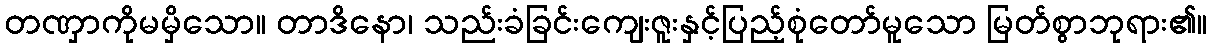
တဏှာကိုမမှိသော။ တာဒိနော၊ သည်းခံခြင်းကျေးဇူးနှင့်ပြည့်စုံတော်မူသော မြတ်စွာဘုရား၏။